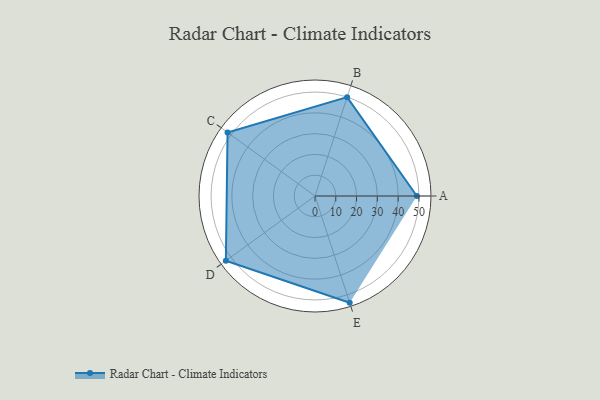
{"axis": {"x": "Skill", "y": "Score"}, "legend": ["Profile"], "data": [{"x": "A", "y": 49.0, "type": "Profile"}, {"x": "B", "y": 50.0, "type": "Profile"}, {"x": "C", "y": 52.0, "type": "Profile"}, {"x": "D", "y": 53.0, "type": "Profile"}, {"x": "E", "y": 54.0, "type": "Profile"}]}